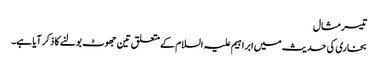
تیسر مثال
بخاری کی حدیث میں ابراہیم علیہ السلام کےمتعلق تین جھوٹ بولنے کا ذکرآیا ہے۔